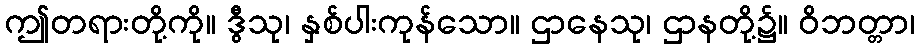
ဤတရားတို့ကို။ ဒွီသု၊ နှစ်ပါးကုန်သော။ ဌာနေသု၊ ဌာနတို့၌။ ဝိဘတ္တာ၊